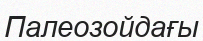
Палеозойдағы